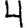
Digit: 4